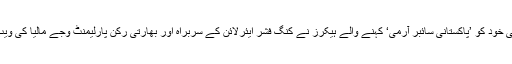
رواں برس اگست میں بھی خود کو ’پاکستانی سائبر آرمی‘ کہنے والے ہیکرز نے کنگ فشر ایئرلائن کے سربراہ اور بھارتی رکن پارلیمنٹ وجے مالیا کی ویب سائٹ ہیک کر لی تھی۔